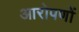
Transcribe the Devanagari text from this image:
आरोपणों